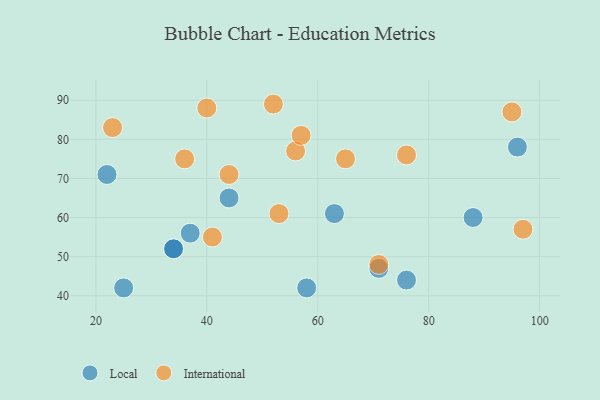
{"axis": {"x": "GDP", "y": "Life Expectancy"}, "legend": ["International", "Local"], "data": [{"x": "63", "y": 61, "type": "Local"}, {"x": "76", "y": 44, "type": "Local"}, {"x": "88", "y": 60, "type": "Local"}, {"x": "96", "y": 78, "type": "Local"}, {"x": "37", "y": 56, "type": "Local"}, {"x": "71", "y": 47, "type": "Local"}, {"x": "34", "y": 52, "type": "Local"}, {"x": "58", "y": 42, "type": "Local"}, {"x": "25", "y": 42, "type": "Local"}, {"x": "44", "y": 65, "type": "Local"}, {"x": "22", "y": 71, "type": "Local"}, {"x": "34", "y": 52, "type": "Local"}, {"x": "65", "y": 75, "type": "International"}, {"x": "44", "y": 71, "type": "International"}, {"x": "95", "y": 87, "type": "International"}, {"x": "71", "y": 48, "type": "International"}, {"x": "97", "y": 57, "type": "International"}, {"x": "56", "y": 77, "type": "International"}, {"x": "52", "y": 89, "type": "International"}, {"x": "23", "y": 83, "type": "International"}, {"x": "41", "y": 55, "type": "International"}, {"x": "53", "y": 61, "type": "International"}, {"x": "57", "y": 81, "type": "International"}, {"x": "76", "y": 76, "type": "International"}, {"x": "40", "y": 88, "type": "International"}, {"x": "36", "y": 75, "type": "International"}]}